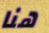
هنا